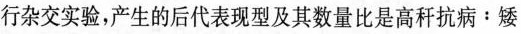
行杂交实验，产生的后代表现型及其数量比是$$高 秆 抗 病 ：矮